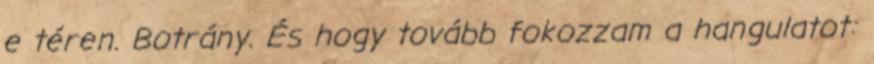
e téren. Botrány. És hogy tovább fokozzam a hangulatot: